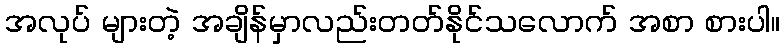
အလုပ် များတဲ့ အချိန်မှာလည်းတတ်နိုင်သလောက် အစာ စားပါ။